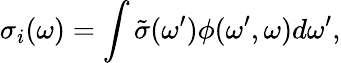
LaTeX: \sigma_{i}(\omega)=\int\tilde{\sigma}(\omega^{\prime})\phi(\omega^{\prime},\omega)d\omega^{\prime},